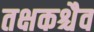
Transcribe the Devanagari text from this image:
तक्षकश्चैव